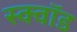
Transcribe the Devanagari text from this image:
स्क्वॉड